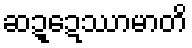
ဆဍ္ဍေဿာမာတိ